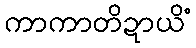
ကာကာတိဍာယိံ